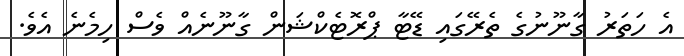
އެ ހަތަރު ގާނޫނުގެ ތެރޭގައި ޑޭޓާ ޕްރޮޓެކްޝަން ގާނޫނެއް ވެސް ހިމެނެ އެވެ.